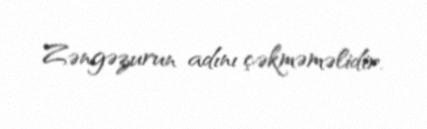
Zəngəzurun adını çəkməməlidir.